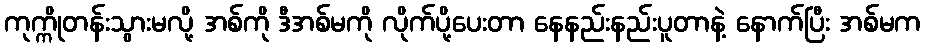
ကုက္ကိုတန်းသွားမလို့ အစ်ကို ဒီအစ်မကို လိုက်ပို့ပေးတာ နေနည်းနည်းပူတာနဲ့ နောက်ပြီး အစ်မက